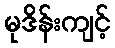
မုဒိန်းကျင့်